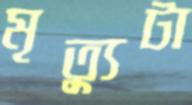
মৃত্যুটা